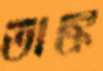
তাঙ্ক